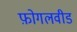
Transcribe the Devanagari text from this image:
फ़ोगलवीड